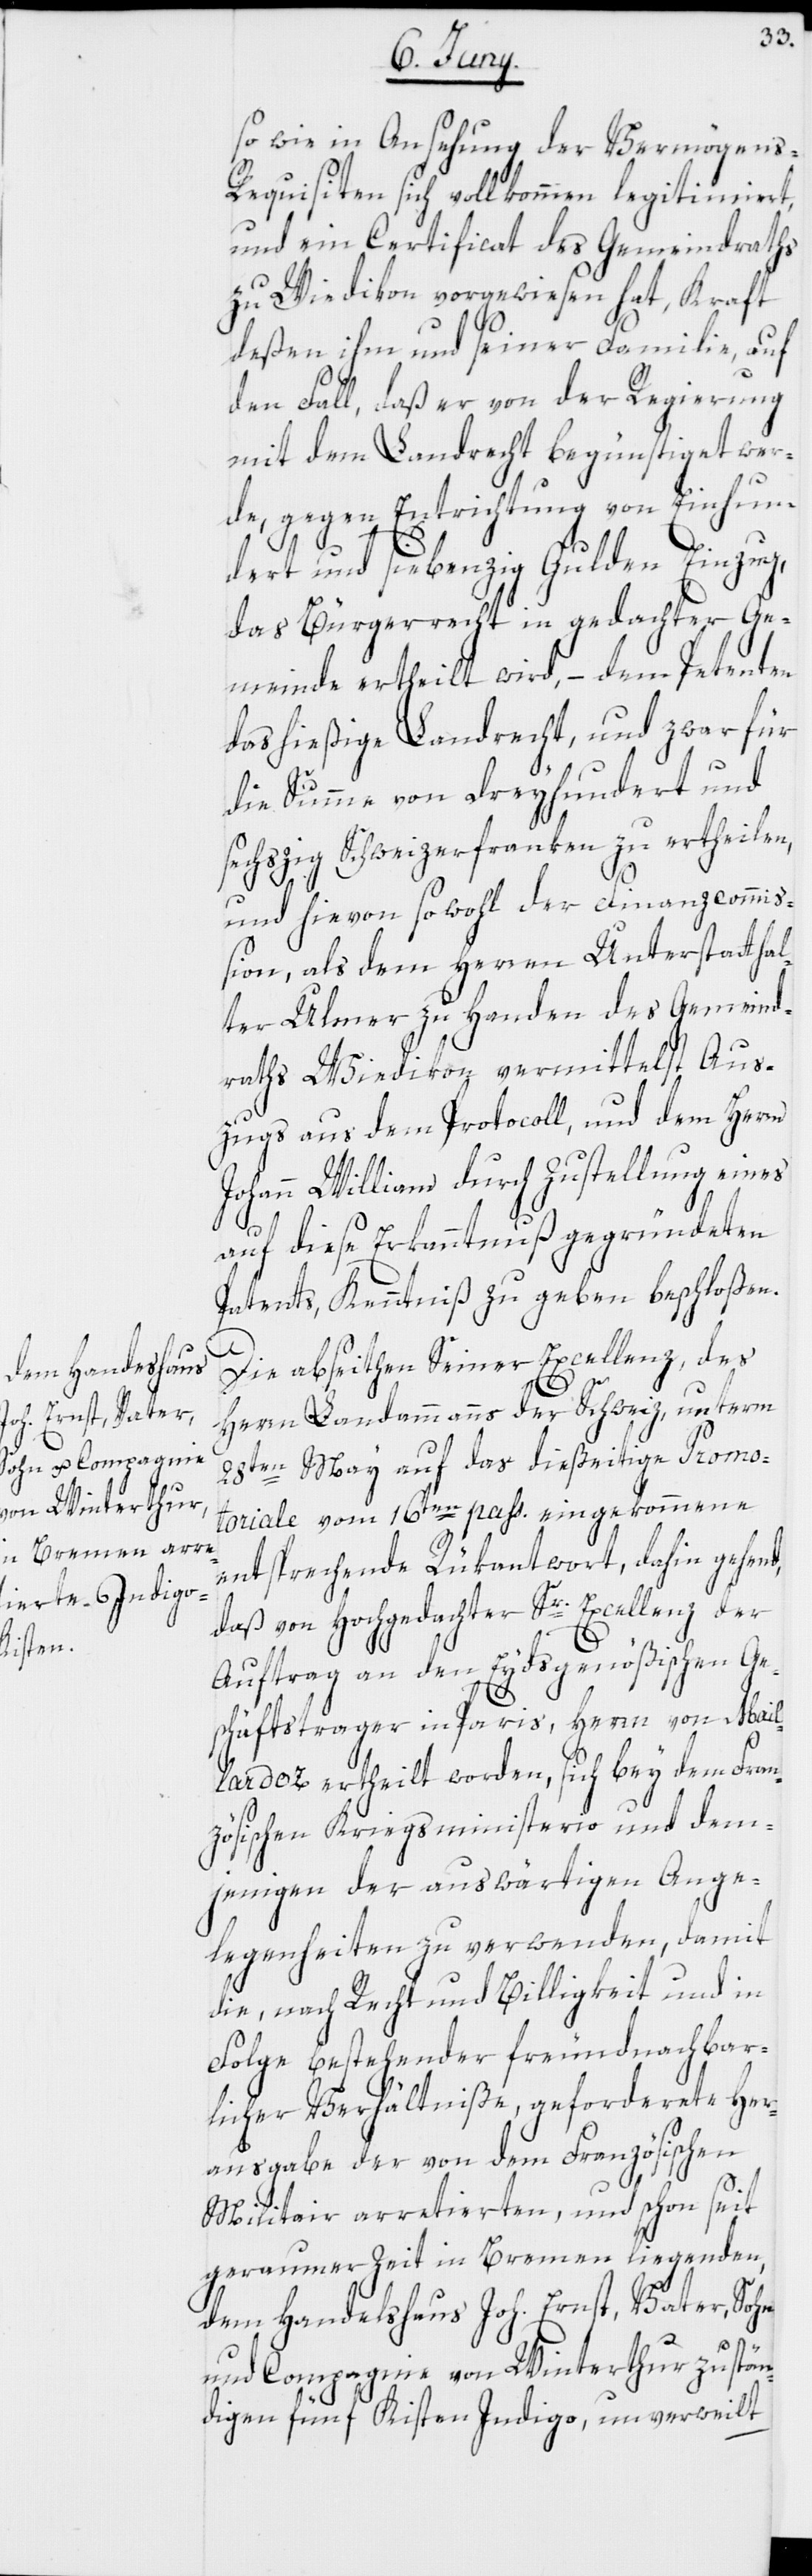
so wie in Ansehung der Vermögens-R¬
equisiten sich vollkommen legitimiert,
und ein Certificat des Gemeindraths
zu Wiedikon vorgewiesen hat, Kraft
deßen ihm und seiner Familie, auf
den Fall, daß er von der Regierung
mit dem Landrecht begünstiget wer¬
de, gegen Entrichtung von Einhun¬
dert und siebenzig Gulden Einzug,
das Bürgerrecht in gedachter Ge¬
meinde ertheilt wird, – dem Petenten
das hießige Landrecht, und zwar für
die Summe von Dreyhundert und
sechszig Schweizerfranken zu ertheilen,
und hievon sowohl der Finanzcommiß¬
ion, als dem Herren Unterstatthal¬
ter Ulmer zu Handen des Gemeind¬
raths Wiedikon vermittelst Aus¬
zugs aus dem Protocoll, und dem Herrn
Johann William durch Zustellung eines
auf diese Erkanntnuß gegründeten
Patents, Kenntniß zu geben beschloßen.
Die abseithen Seiner Excellenz, des
Herrn Landammanns der Schweiz, unterm
28ten May auf das dießeitige Promo¬
toriale vom 16ten pass. eingekommene
entsprechende Rükantwort, dahin gehend,
daß von Hochgedachter Sr. Excellenz der
Auftrag an den Eydsgenößischen Ge¬
schäftsträger in Paris, Herrn von Mail¬
lardoz ertheilt worden, sich bey dem Fran¬
zösischen Kriegsministerio und dem¬
jenigen der auswärtigen Ange¬
legenheiten zu verwenden, damit
die, nach Recht und Billigkeit und in
Folge bestehender freundnachbar¬
licher Verhältniße, geforderete Her¬
ausgabe der von dem Französischen
Militair arretierten, und schon seit
geraumer Zeit in Bremen liegenden,
dem Handelshaus Joh. Ernst, Vater, Sohn
und Compagnie von Winterthur zustän¬
digen fünf Kisten Indigo, unverweilt